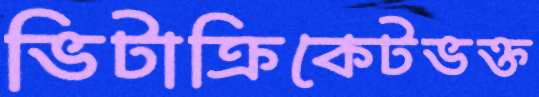
ভিটাক্রিকেটভক্ত